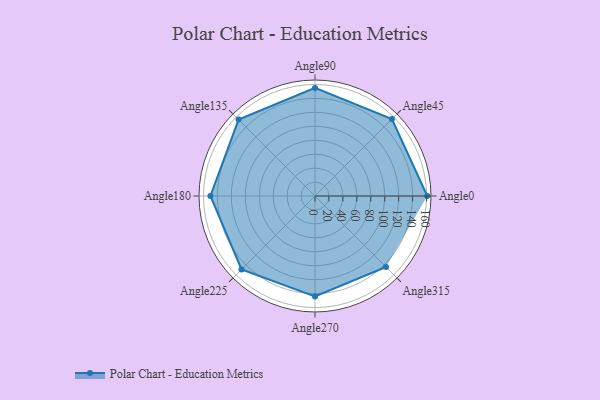
{"axis": {"x": "Angle", "y": "Radius"}, "legend": [""], "data": [{"x": "Angle0", "y": 161.0, "type": ""}, {"x": "Angle45", "y": 156.0, "type": ""}, {"x": "Angle90", "y": 155.0, "type": ""}, {"x": "Angle135", "y": 155.0, "type": ""}, {"x": "Angle180", "y": 150.0, "type": ""}, {"x": "Angle225", "y": 149.0, "type": ""}, {"x": "Angle270", "y": 144.0, "type": ""}, {"x": "Angle315", "y": 144.0, "type": ""}]}